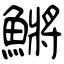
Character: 鱂